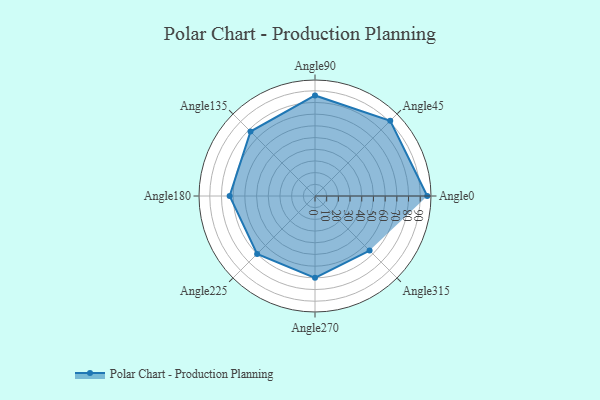
{"axis": {"x": "Angle", "y": "Radius"}, "legend": [""], "data": [{"x": "Angle0", "y": 96.0, "type": ""}, {"x": "Angle45", "y": 91.0, "type": ""}, {"x": "Angle90", "y": 86.0, "type": ""}, {"x": "Angle135", "y": 78.0, "type": ""}, {"x": "Angle180", "y": 73.0, "type": ""}, {"x": "Angle225", "y": 70.0, "type": ""}, {"x": "Angle270", "y": 70.0, "type": ""}, {"x": "Angle315", "y": 66.0, "type": ""}]}